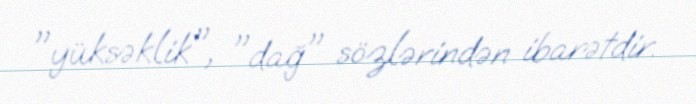
"yüksəklik", "dağ" sözlərindən ibarətdir.